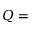
Q =